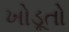
ખોડૂતો